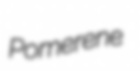
Pomerene